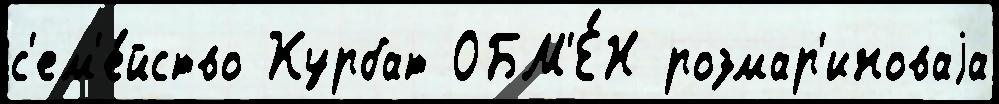
с'ем'е́йство Курбат ОБМ'Е́Н розмар'иноваjа